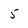
Character: 5